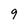
Character: 9